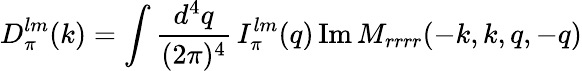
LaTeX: D_{\pi}^{lm}(k)=\int{\frac{d^{4}q}{(2\pi)^{4}}}\, I_{\pi}^{lm}(q)\, \mathrm{Im\, }M_{rrrr}(-k,k,q,-q)